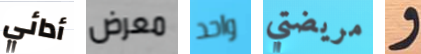
أدائي معرض واحد مريضتي و